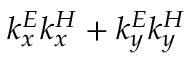
k _ { x } ^ { E } k _ { x } ^ { H } + k _ { y } ^ { E } k _ { y } ^ { H }